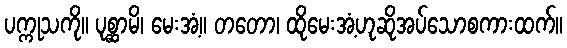
ပက္ကုသကို။ ပုစ္ဆာမိ၊ မေးအံ့။ တတော၊ ထိုမေးအံ့ဟုဆိုအပ်သောစကားထက်။